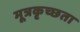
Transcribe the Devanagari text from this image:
मूत्रकृच्छता